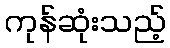
ကုန်ဆုံးသည့်